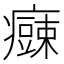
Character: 𱱫